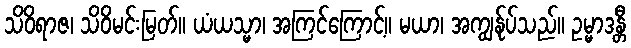
သိဝိရာဇ၊ သိဝိမင်းမြတ်။ ယံယသ္မာ၊ အကြင်ကြောင့်။ မယာ၊ အကျွန်ုပ်သည်။ ဥမ္မာဒန္တီ